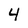
Character: 4